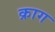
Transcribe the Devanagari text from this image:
क्राग